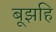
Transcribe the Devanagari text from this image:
बूझहि